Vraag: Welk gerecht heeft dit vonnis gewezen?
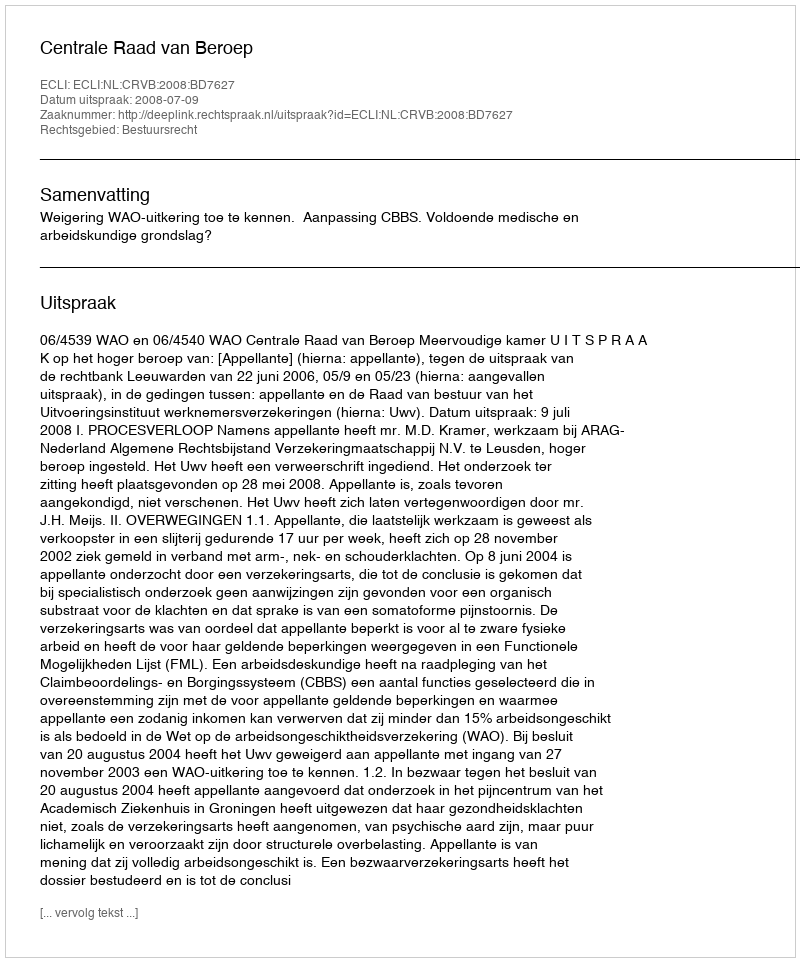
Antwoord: Centrale Raad van Beroep